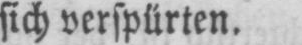
sich verspürten.